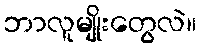
ဘာလူမျိုးတွေလဲ။